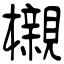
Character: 櫬